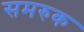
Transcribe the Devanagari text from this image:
समरुक